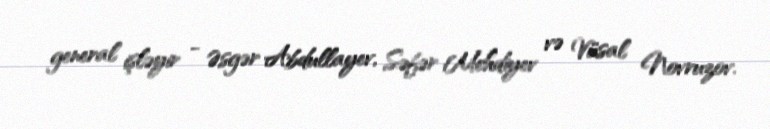
general işləyir - Əsgər Abdullayev, Səfər Mehdiyev və Vüsal Novruzov.